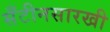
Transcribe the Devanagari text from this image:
सँटीनसारखी